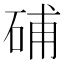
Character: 𥒰